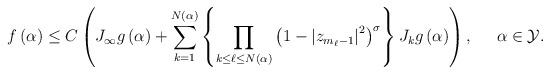
LaTeX: \begin{align*}f\left( \alpha\right) \leq C\left( J_{\infty}g\left( \alpha\right)+\sum_{k=1}^{N\left( \alpha\right) }\left\{ \prod_{k\leq\ell\leq N\left(\alpha\right) }\left( 1-\left| z_{m_{\ell}-1}\right| ^{2}\right)^{\sigma}\right\} J_{k}g\left( \alpha\right) \right) ,\;\;\;\;\;\alpha\in\mathcal{Y}. \end{align*}